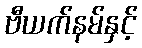
ဗီယက်နမ်နှင့်